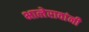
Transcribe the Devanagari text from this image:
भालेरावांनी